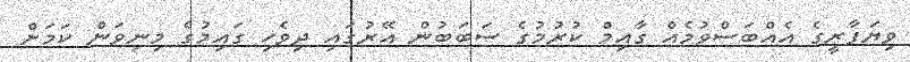
ވިޔަފާރީގެ އެއްބަސްވުމެއް ގާއިމް ކުރުމުގެ ސަބަބުން އޭރުގައި ދިވެހި ގައިމުގެ މިނިވަން ކަމަށް